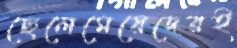
ছেলেমেয়েদেরই